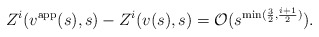
\begin{align*} Z^i(v^\mathrm{app}(s),s)-Z^i(v(s),s) = \mathcal O(s^{\min(\frac 32, \frac{i+1}2)}).\end{align*}